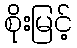
စိုးမြင့်